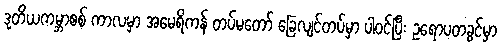
ဒုတိယကမ္ဘာစစ် ကာလမှာ အမေရိကန် တပ်မတော် ခြေလျင်တပ်မှာ ပါဝင်ပြီး ဥရောပတခွင်မှာ